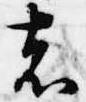
者